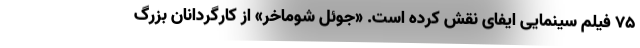
۷۵ فیلم سینمایی ایفای نقش کرده است. «جوئل شوماخر» از کارگردانان بزرگ